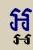
អ្អ